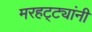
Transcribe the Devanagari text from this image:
मरहट्ट्यांनी